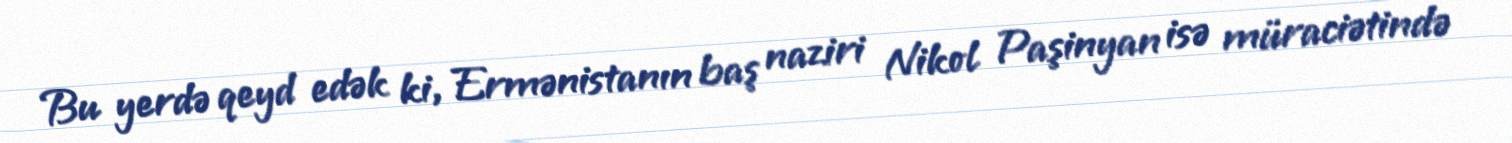
Bu yerdə qeyd edək ki, Ermənistanın baş naziri Nikol Paşinyan isə müraciətində